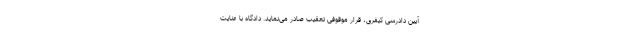
آیین دادرسی کیفری، قرار موقوفی تعقیب صادر می‌نماید. دادگاه با عنایت